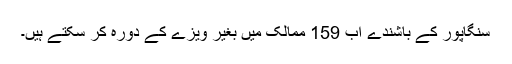
سنگاپور کے باشندے اب 159 ممالک میں بغیر ویزے کے دورہ کر سکتے ہیں۔